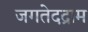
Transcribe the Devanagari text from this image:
जगतेदद्राम